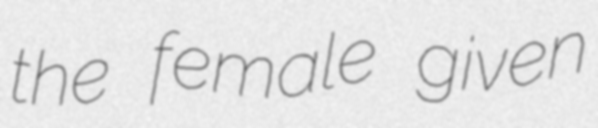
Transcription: the female given